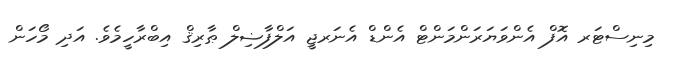
މިނިސްޓަރ އޮފް އެންވަޔަރަންމަންޓް އެންޑް އެނަރޖީ އަލްފާޟިލް ޠާރިޤް އިބްރާހީމެވެ. އަދި މޯހަން